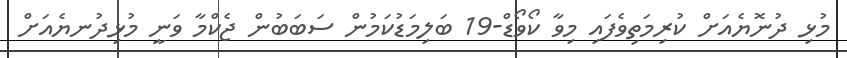
މުޅި ދުނޮޔެއަށް ކުރިމަތިވެފައި މިވާ ކޯވޯޑް-19 ބަލިމަޑުކަމުން ސަބަބުން ޖެކްމާ ވަނީ މުޅިދުނޔެއަށް